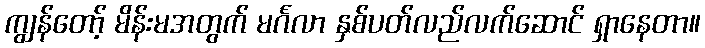
ကျွန်တော့် မိန်းမအတွက် မင်္ဂလာ နှစ်ပတ်လည်လက်ဆောင် ရှာနေတာ။